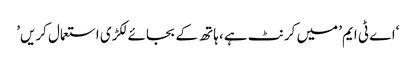
‘اے ٹی ایم’ میں کرنٹ ہے، ہاتھ کے بجائے لکڑی استعمال کریں’